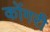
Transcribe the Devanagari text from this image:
कोंगरी